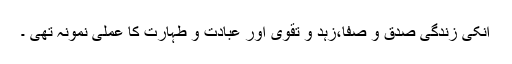
انکی زندگی صدق و صفا،زہد و تقوی اور عبادت و طہارت کا عملی نمونہ تھی ۔